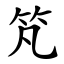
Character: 竼